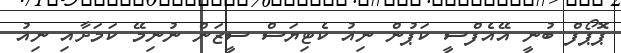
ޕޮޕޯފް ބުނީ އޭއެފްސީ ކަޕުން ނިއު ކެޓިޔަސް ސީޒަން ނުނިމޭ ކަމަށާއި ނިއު